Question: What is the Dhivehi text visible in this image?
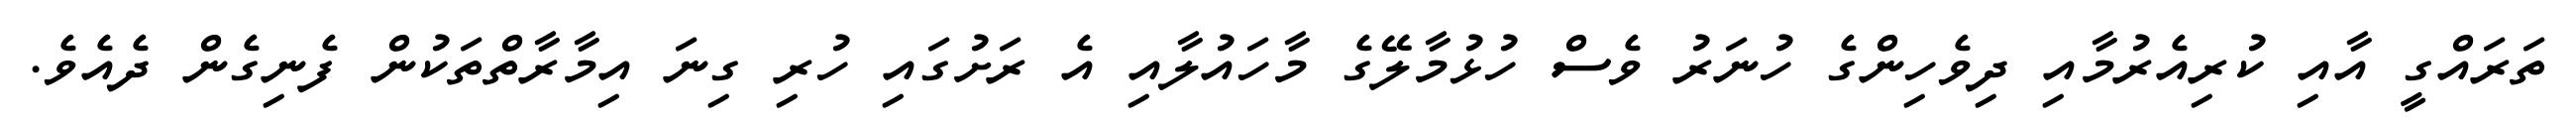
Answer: ތަރައްގީ އާއި ކުރިއެރުމާއި ދިވެހިންގެ ހުނަރު ވެސް ހުޅުމާލޭގެ މާހައުލާއި އެ ރަށުގައި ހުރި ގިނަ އިމާރާތްތަކުން ފެނިގެން ދެއެވެ.